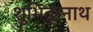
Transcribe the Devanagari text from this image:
शुभिंद्रनाथ